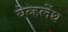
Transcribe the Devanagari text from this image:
वेव्हलेंथ